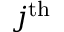
j ^ { \mathrm { t h } }